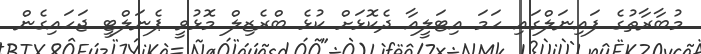
މުބާރާތުގެ ފައިނަލްގައި ހަމަ އިޓަލީއާ ދެކޮޅަށް ކުޅެ ބްރެޒިލް މޮޅުވީ ޕެނަލްޓީ ޖަހައިގެން